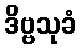
ဒိဗ္ဗသုခံ